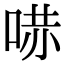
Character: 𠵢